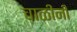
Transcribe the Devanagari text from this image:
चाळींनी